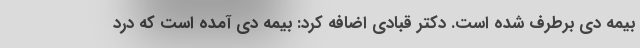
بیمه دی برطرف شده است. دکتر قبادی اضافه کرد: بیمه دی آمده است که درد